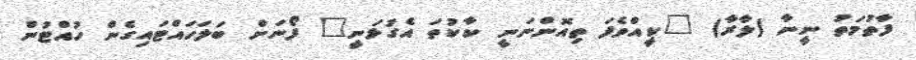
ފާތުމަތު ނީނާ (ލާރާ) "ކީއްވެފަ ތިއޮންނަނީ ކާކުތަ އެގުޅަނީ" ފޯނަށް ބަލަހައްޓައިގެން ހުއްޓުން